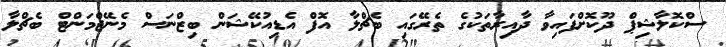
ސްކޮލާޝިޕް ދޫކޮށްފައިވާ ދާއިރާތަކުގެ ތެރޭގައި ބެޗްލާ އޮފް އެޑިއުކޭޝަން ބިޒްނަސް މެނޭޖްމަންޓް ބެޗްލާ